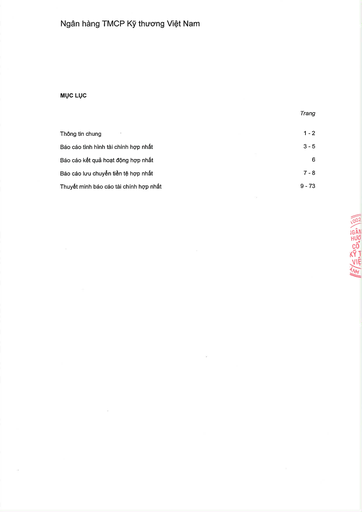
||Trang| |---|---| |Thông tin chung|1 - 2| |Báo cáo tình hình tài chính hợp nhất|3 - 5| |Báo cáo kết quả hoạt động hợp nhất|6| |Báo cáo lưu chuyển tiền tệ hợp nhất|7-8| |Thuyết minh báo cáo tài chính hợp nhất|9 - 73|